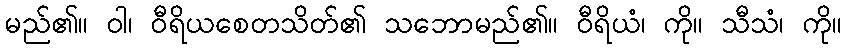
မည်၏။ ဝါ၊ ဝီရိယစေတသိတ်၏ သဘောမည်၏။ ဝီရိယံ၊ ကို။ သီသံ၊ ကို။